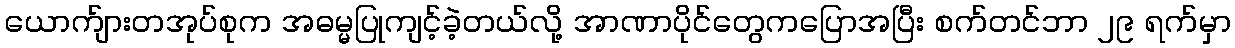
ယောက်ျားတအုပ်စုက အဓမ္မပြုကျင့်ခဲ့တယ်လို့ အာဏာပိုင်တွေကပြောအပြီး စက်တင်ဘာ ၂၉ ရက်မှာ